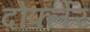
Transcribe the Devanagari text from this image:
दोर्फ्लेर